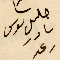
خليل يوسف نادر رعد